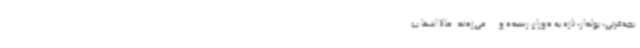
بچه‌قرتی، پولدار، تازه به دوران رسیده و ... می‌زدند. حالا اینها ب